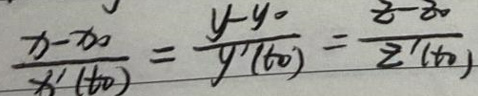
$\frac{x - x_0}{x'(t_0)} = \frac{y - y_0}{y'(t_0)} = \frac{z - z_0}{z'(t_0)}$